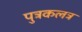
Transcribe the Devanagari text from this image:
पुत्रकलत्र